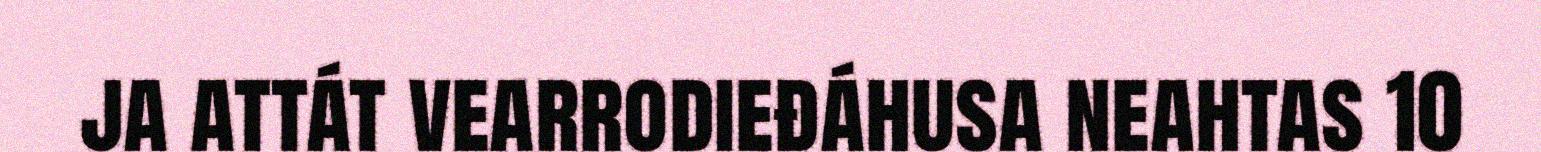
ja attát vearrodieđáhusa neahtas 10